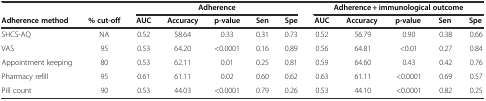
<table><thead><tr><td colspan="2"></td><td colspan="5"><b>Adherence</b></td><td colspan="5"><b>Adherence + immunological outcome</b></td></tr><tr><td><b>Adherence method</b></td><td><b>% cut-off</b></td><td><b>AUC</b></td><td><b>Accuracy</b></td><td><b>p-value</b></td><td><b>Sen</b></td><td><b>Spe</b></td><td><b>AUC</b></td><td><b>Accuracy</b></td><td><b>p-value</b></td><td><b>Sen</b></td><td><b>Spe</b></td></tr></thead><tbody><tr><td>SHCS-AQ</td><td>NA</td><td>0.52</td><td>58.64</td><td>0.33</td><td>0.31</td><td>0.73</td><td>0.52</td><td>56.79</td><td>0.90</td><td>0.38</td><td>0.66</td></tr><tr><td>VAS</td><td>95</td><td>0.53</td><td>64.20</td><td>&lt;0.0001</td><td>0.16</td><td>0.89</td><td>0.56</td><td>64.81</td><td>&lt;0.01</td><td>0.27</td><td>0.84</td></tr><tr><td>Appointment keeping</td><td>80</td><td>0.53</td><td>62.11</td><td>0.01</td><td>0.25</td><td>0.81</td><td>0.59</td><td>64.60</td><td>0.43</td><td>0.42</td><td>0.76</td></tr><tr><td>Pharmacy refill</td><td>95</td><td>0.61</td><td>61.11</td><td>0.02</td><td>0.60</td><td>0.62</td><td>0.63</td><td>61.11</td><td>&lt;0.0001</td><td>0.69</td><td>0.57</td></tr><tr><td>Pill count</td><td>90</td><td>0.53</td><td>44.03</td><td>&lt;0.0001</td><td>0.79</td><td>0.26</td><td>0.53</td><td>44.10</td><td>&lt;0.0001</td><td>0.82</td><td>0.25</td></tr></tbody></table>